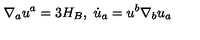
\nabla _ { a } u ^ { a } = 3 H _ { B } , \ \dot { u } _ { a } = u ^ { b } \nabla _ { b } u _ { a }